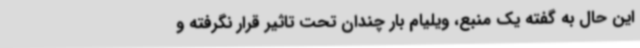
این حال به گفته یک منبع، ویلیام بار چندان تحت تاثیر قرار نگرفته و